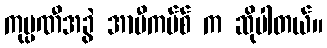
ကုမ္ပဏီအခွဲ အာဗီကပ်စ် က ဆိုပါတယ်။